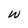
Character: w